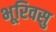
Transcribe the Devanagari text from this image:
भूरिवसु